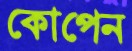
কোপেন